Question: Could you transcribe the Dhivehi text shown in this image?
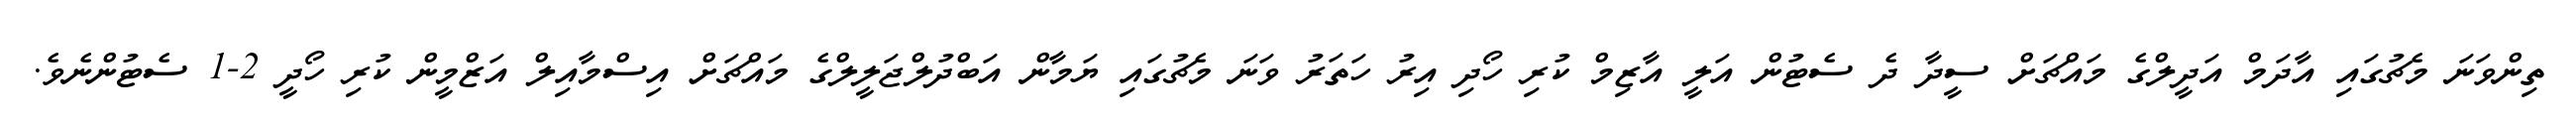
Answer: ތިންވަނަ މެޗުގައި އާދަމް އަދީލްގެ މައްޗަށް ސީދާ ދެ ސެޓުން އަލީ އާޒިމް ކުރި ހޯދި އިރު ހަތަރު ވަނަ މެޗުގައި ޔަމާން އަބްދުލްޖަލީލްގެ މައްޗަށް އިސްމާއިލް އަޒްމީން ކުރި ހޯދީ 2-1 ސެޓުންނެވެ.